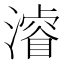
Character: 𣿰